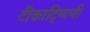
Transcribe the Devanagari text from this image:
टीकाटि्प्पणी